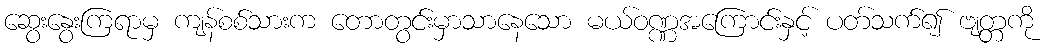
ဆွေးနွေးကြရာမှ ကျန်စစ်သားက တောတွင်းမှာသာနေသော မယ်ဝဏ္ဏအကြောင်းနှင့် ပတ်သက်၍ ဗျတ္တကို